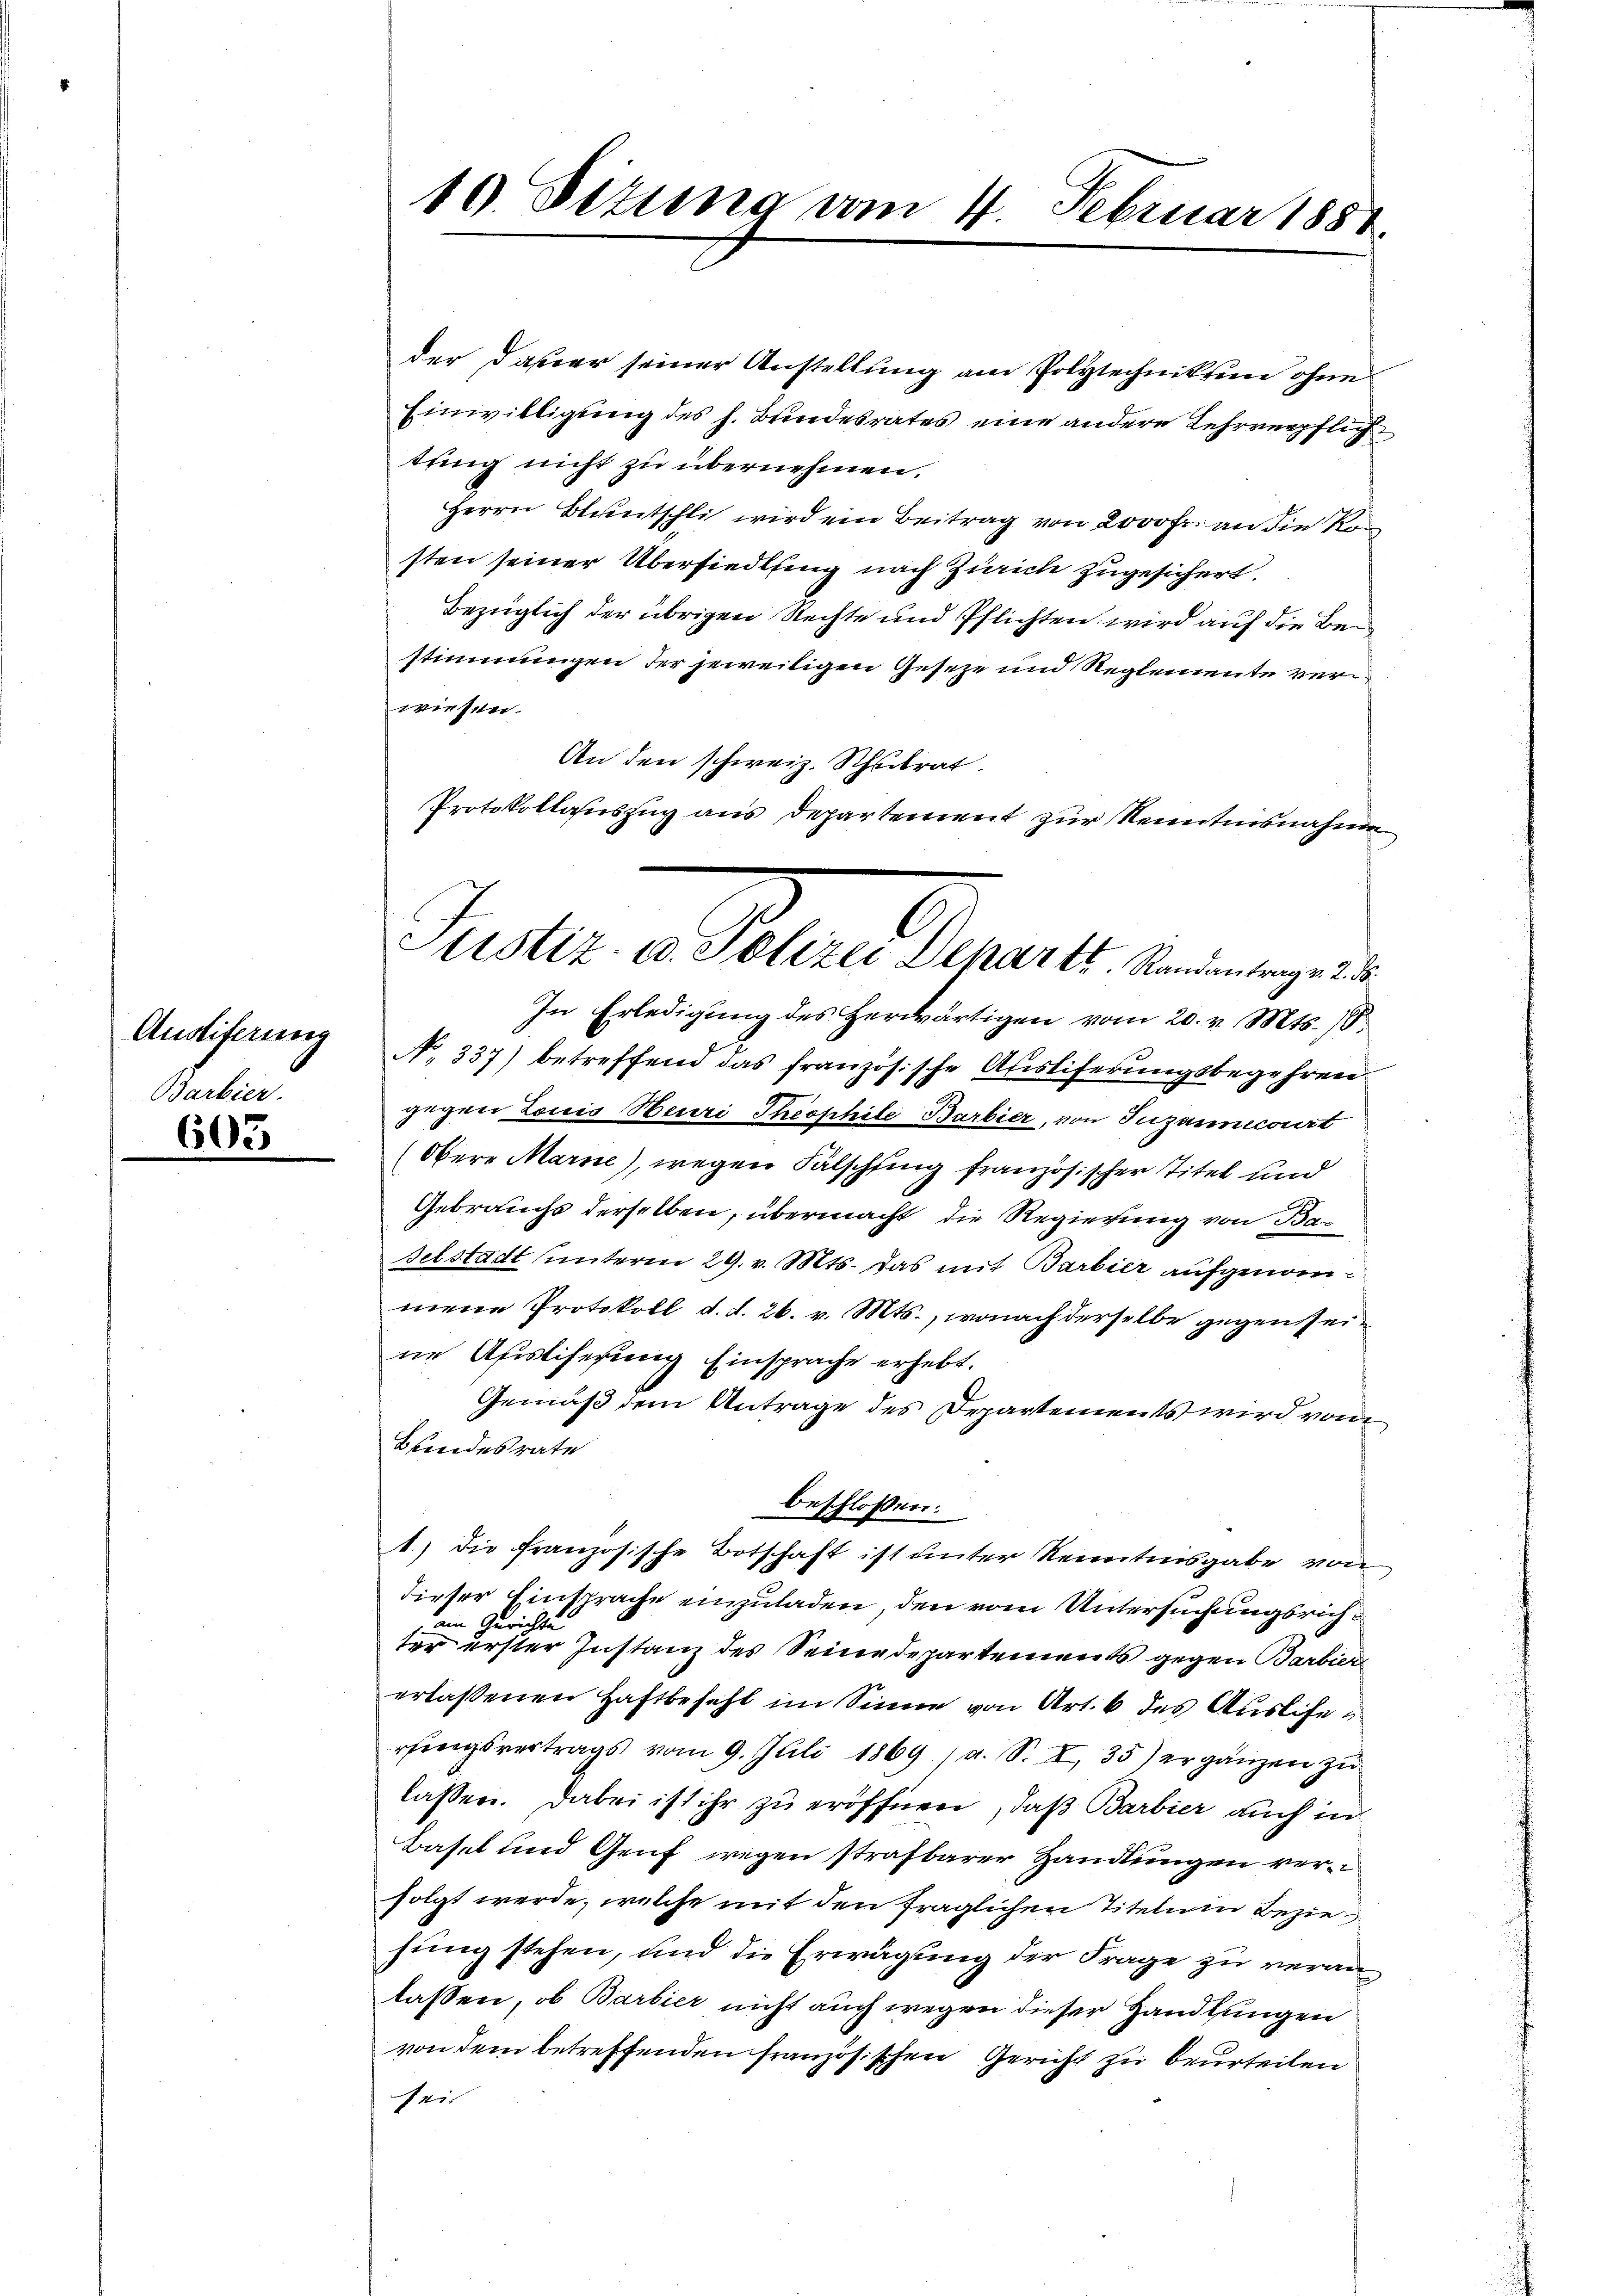
Austiferung
Barbier.

l

der Dauer seiner Anstellung am Polytechnikum ohne
Einwilligung des h. Bundesrates eine andere Lehrverpflich
tting nicht zu übernehmen.
Herrn Bluntschli wird ein Beitrag von 2000 Fr. an die Kon
sten seiner Übersiedling nach Zürich zugesichert.
Bezüglich der übrigen Rechte und Pflichten wird auf die Bei
stimmungen der jeweiligen Geseze und Reglemente verwiesen.
An den schweiz. Schulrat.
Protokollauszug aus Departement zur Kenntnisnahme

10. Sizung am 4. Februar 1887.

Justiz- u. Polizei Dekart Randantrag v. 2. d

In Erledigung des herwärtigen vom 20. v. Mts. 18.
No 337) betreffend das französische Ausliferungsbegehren.
gegen Louis Neuri Theophile Barbier, von Juzannecourt
(Obere Marne), wegen Fälschling französischer Titel und
Gebrauchs derselben, übermacht, die Regierung von Baselstadt unterm 29. v. Mts. das mit Barbier aufgenommene Protokoll d. d. 26. v. Mts., wonach derselbe gegen seine Afistiferung Einsprache erhebt.
Gemäß dem Antrage des Departements wird von
Bundesrate
1.) Die Französische Botschaft ist unter Kenntnisgabe von
dieser Einsprache einzuladen, den vom Untersuchungsricham Gerichte
ter erster Instanz des Seine Departements gegen Barbier
erlaßenen Haftbefehl im Sinne von Art. 6 des Auslierfingsvertrags vom 9. Juli 1869 a. S. I, 35) ergänzen zŭ
lassen. Dabei ist ihr zu eröffnen, daß Barbier auch in
Basel und Genf wegen strafbarer Handlungen verfolgt werde, welche mit den fraglichen Titelnm Beziehung stehen, und die Erwägung der Frage zu veranlassen, ob Barbier nicht auch wegen dieser Handlungen
von dem betreffenden französischen Gericht zu beurteilen
sein

beschlossen: